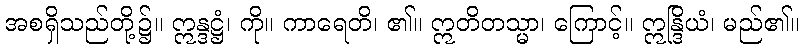
အစရှိသည်တို့၌။ ဣန္ဒဋ္ဌံ၊ ကို။ ကာရေတိ၊ ၏။ ဣတိတသ္မာ၊ ကြောင့်။ ဣန္ဒြိယံ၊ မည်၏။